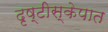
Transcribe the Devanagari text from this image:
दृष्टीस्केपात